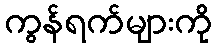
ကွန်ရက်များကို